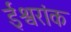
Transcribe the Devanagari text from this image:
ईश्वरांक